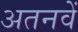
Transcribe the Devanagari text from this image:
अतनवें